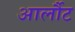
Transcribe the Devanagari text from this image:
आर्लौट